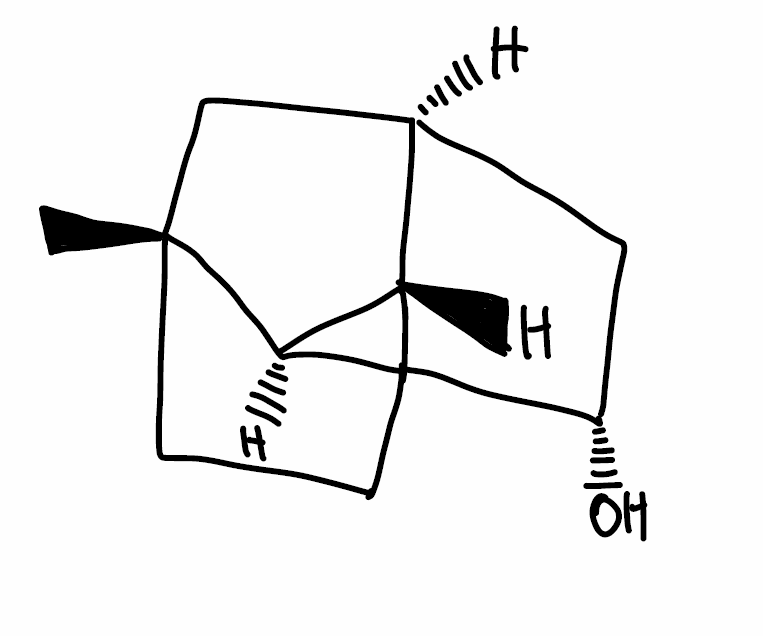
Simplified molecular-input line-entry system (SMILES) notation of the given molecule:
C[C@]12CC[C@@H]3[C@H]1[C@H](C[C@@H]3C2)O